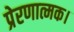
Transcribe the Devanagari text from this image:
प्रेरणात्मक।